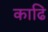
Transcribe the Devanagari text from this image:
काढि